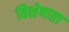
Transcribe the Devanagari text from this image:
विशेषाता